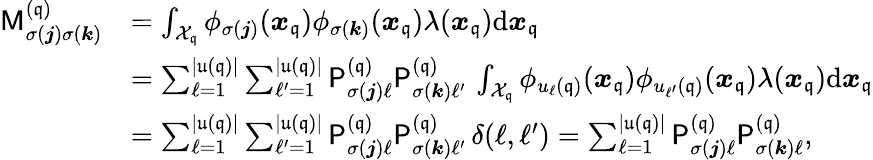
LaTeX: \begin{array}{rl}{\mathsf M_{\sigma({\boldsymbol j})\sigma({\boldsymbol k})}^{(\mathfrak{q})}}&{=\int_{\mathcal{X}_{\mathfrak{q}}}\phi_{\sigma({\boldsymbol j})}({\boldsymbol x}_{\mathfrak{q}})\phi_{\sigma({\boldsymbol k})}({\boldsymbol x}_{\mathfrak{q}})\lambda({\boldsymbol x}_{\mathfrak{q}})\mathrm{d}{\boldsymbol x}_{\mathfrak{q}}}\\ &{=\sum_{\ell=1}^{|\mathfrak{u}({\mathfrak{q}})|}\sum_{\ell^{\prime}=1}^{|\mathfrak{u}({\mathfrak{q}})|}\mathsf{P}_{\sigma({\boldsymbol j})\ell}^{(\mathfrak{q})}\mathsf{P}_{\sigma({\boldsymbol k})\ell^{\prime}}^{(\mathfrak{q})}\, \int_{\mathcal{X}_{\mathfrak{q}}}\phi_{u_{\ell}(\mathfrak{q})}({\boldsymbol x}_{\mathfrak{q}})\phi_{u_{\ell^{\prime}}(\mathfrak{q})}({\boldsymbol x}_{\mathfrak{q}})\lambda({\boldsymbol x}_{\mathfrak{q}})\mathrm{d}{\boldsymbol x}_{\mathfrak{q}}}\\ &{=\sum_{\ell=1}^{|\mathfrak{u}({\mathfrak{q}})|}\sum_{\ell^{\prime}=1}^{|\mathfrak{u}({\mathfrak{q}})|}\mathsf{P}_{\sigma({\boldsymbol j})\ell}^{(\mathfrak{q})}\mathsf{P}_{\sigma({\boldsymbol k})\ell^{\prime}}^{(\mathfrak{q})}\, \delta(\ell,\ell^{\prime})=\sum_{\ell=1}^{|\mathfrak{u}({\mathfrak{q}})|}\mathsf{P}_{\sigma({\boldsymbol j})\ell}^{(\mathfrak{q})}\mathsf{P}_{\sigma({\boldsymbol k})\ell}^{(\mathfrak{q})},}\end{array}